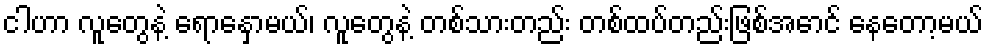
ငါဟာ လူတွေနဲ့ ရောနှောမယ်၊ လူတွေနဲ့ တစ်သားတည်း တစ်ထပ်တည်းဖြစ်အောင် နေတော့မယ်